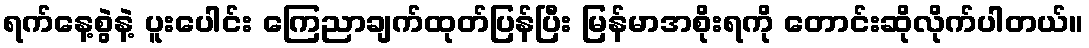
ရက်နေ့စွဲနဲ့ ပူးပေါင်း ကြေညာချက်ထုတ်ပြန်ပြီး မြန်မာအစိုးရကို တောင်းဆိုလိုက်ပါတယ်။